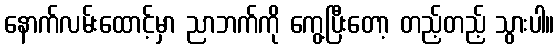
နောက်လမ်းထောင့်မှာ ညာဘက်ကို ကွေ့ပြီးတော့ တည့်တည့် သွားပါ။